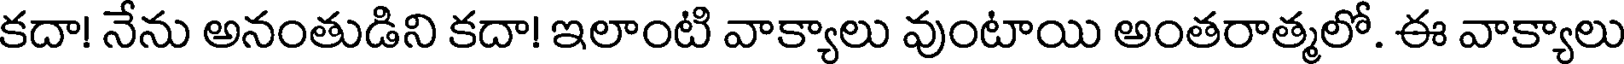
కదా! నేను అనంతుడిని కదా! ఇలాంటి వాక్యాలు వుంటాయి అంతరాత్మలో. ఈ వాక్యాలు